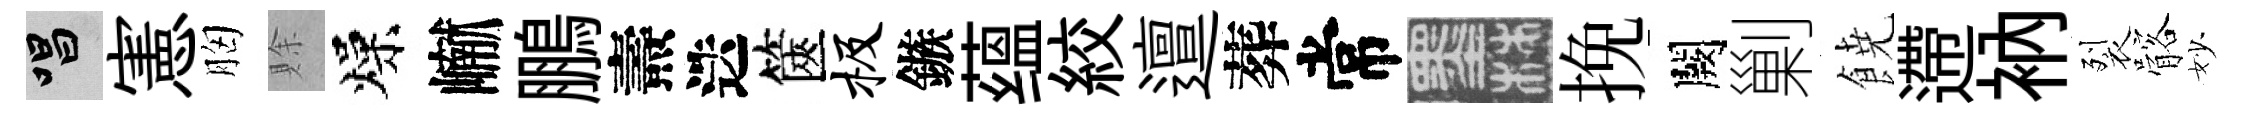
唱憲胸賖燥𪩘鵬燾迭篋极鏃蕴絞邅葬常墨挽闕剿𩜙遰衲裂髂妙